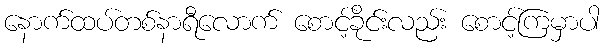
နောက်ထပ်တစ်နာရီလောက် စောင့်ခိုင်းလည်း စောင့်ကြမှာပါ